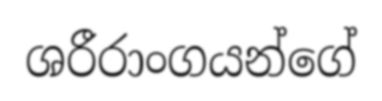
ශරීරාංගයන්ගේ